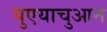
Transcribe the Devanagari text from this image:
युएयाचुआन